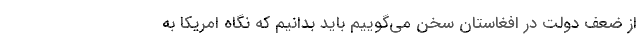
از ضعف دولت در افغاستان سخن مي‌گوييم بايد بدانيم كه نگاه امريكا به